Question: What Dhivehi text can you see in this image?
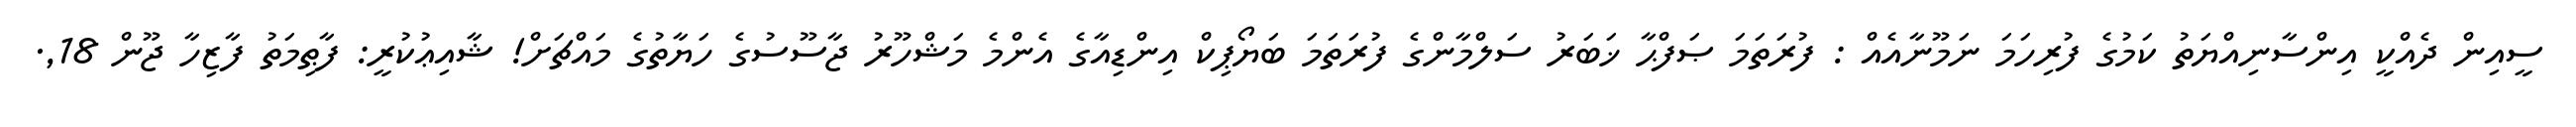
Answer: ސީއިން ދެއްކީ އިންސާނިއްޔަތު ކަމުގެ ފުރިހަމަ ނަމޫނާއެއް : ފުރަތަމަ ޞަފްޙާ ޚަބަރު ސަލްމާންގެ ފުރަތަމަ ބަޔޯޕިކް އިންޑިއާގެ އެންމެ މަޝްހޫރު ޖާސޫސުގެ ހަޔާތުގެ މައްޗަށް! ޝާއިޢުކުރީ: ފާޠިމަތު ފާޒިހާ ޖޫން 18,.